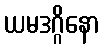
ယမဒဂ္ဂိနော